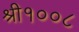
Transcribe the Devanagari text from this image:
श्री१००८